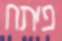
פיתח